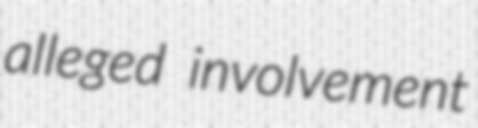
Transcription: alleged involvement